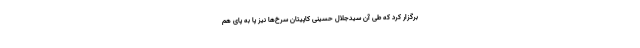
برگزار کرد که طی آن سیدجلال حسینی کاپیتان سرخ‌ها نیز پا به پای هم